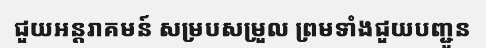
ជួយអន្តរាគមន៍ សម្របសម្រួល ព្រមទាំងជួយបញ្ជូន